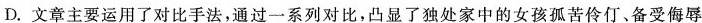
D.文章主要运用了对比手法，通过一系列对比，凸显了独处家中的女孩孤苦怜仃，备受侮辱